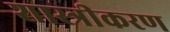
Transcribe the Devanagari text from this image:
शास्त्रीकरण